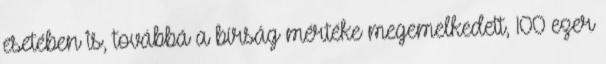
esetében is, továbbá a bírság mértéke megemelkedett, 100 ezer